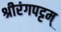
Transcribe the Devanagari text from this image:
श्रीरंगपट्टम्